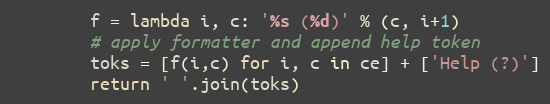
Language: Python
        f = lambda i, c: '%s (%d)' % (c, i+1)
        # apply formatter and append help token
        toks = [f(i,c) for i, c in ce] + ['Help (?)']
        return ' '.join(toks)